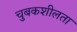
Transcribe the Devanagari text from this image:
चुबकशीलता